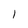
Character: 1